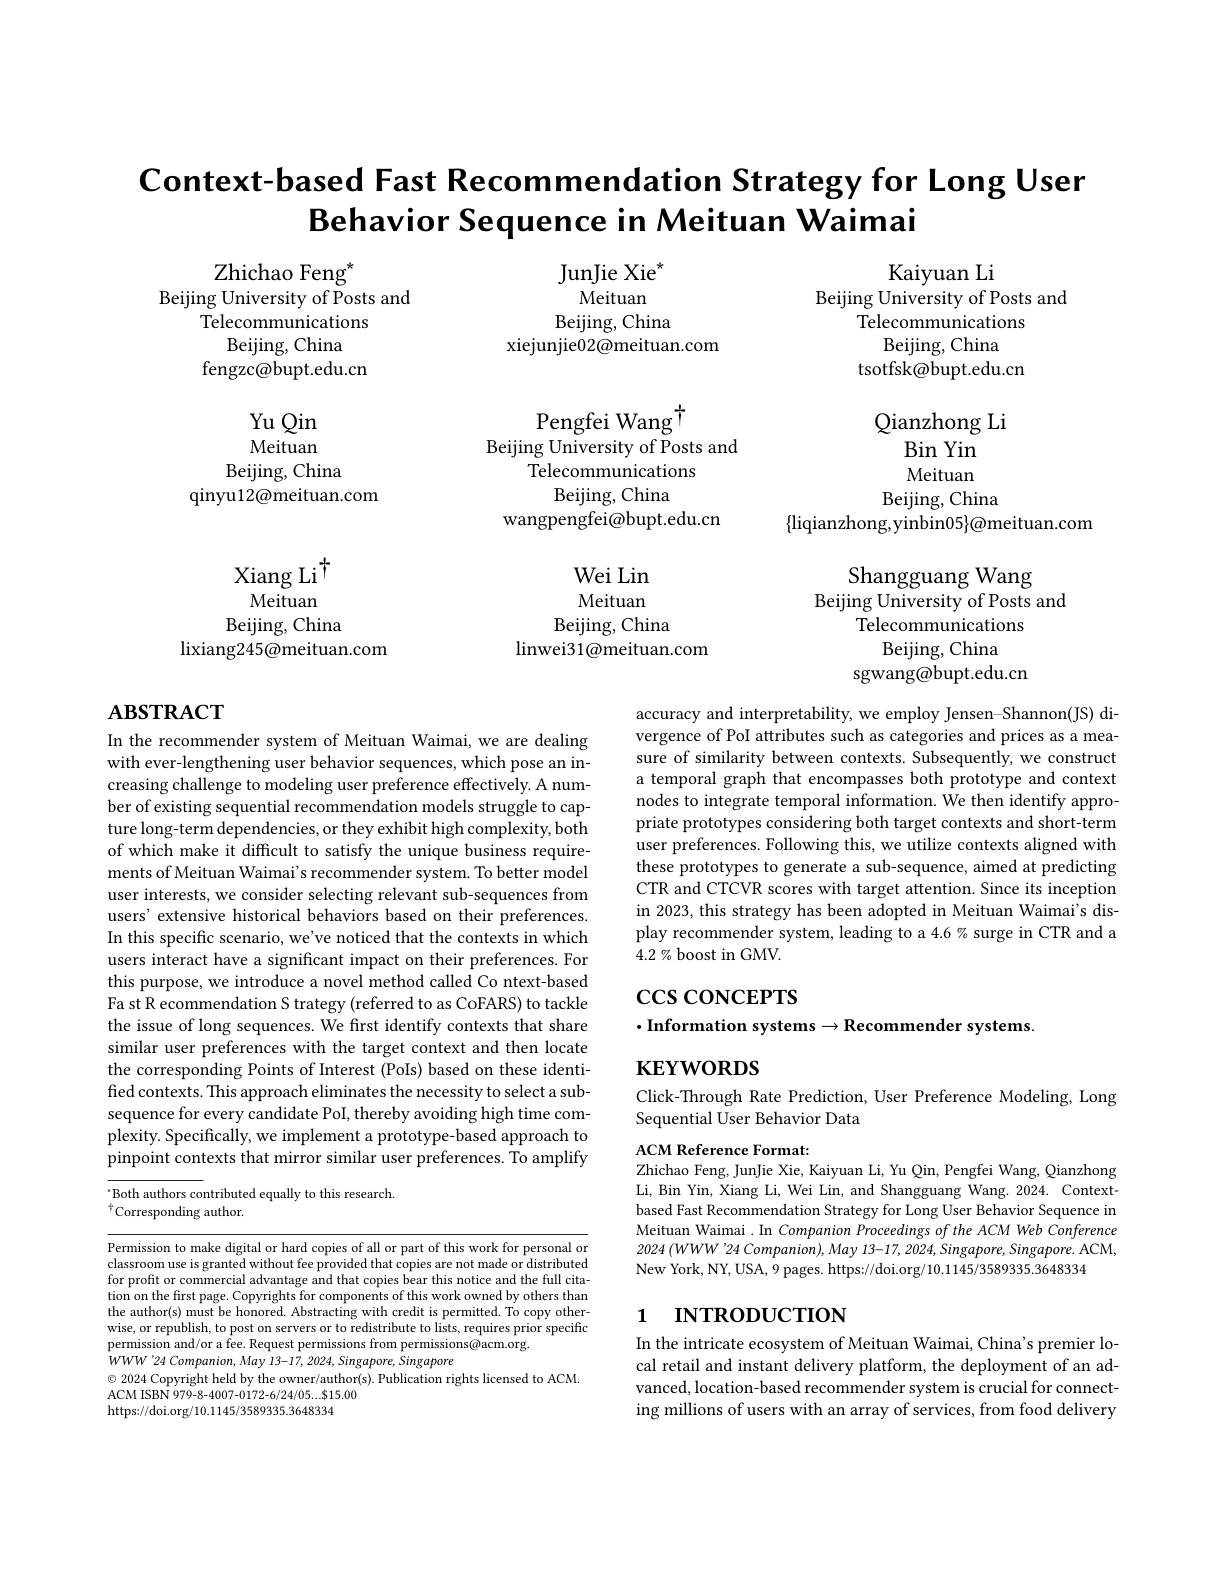
Context-based Fast Recommendation Strategy for Long User
Behavior Sequence in Meituan Waimai

JunJie Xie$^{*}$
Meituan
Beijing, China
xiejunjie02@meituan.com

Kaiyuan Li
Beijing University of Posts and
Telecommunications
Beijing, China
tsotfsk@bupt.edu.cn

Zhichao Feng$^{*}$
Beijing University of Posts and
Telecommunications
Beijing, China
fengzc@bupt.edu.cn

Yu Qin Meituan
Beijing, China
qinyu12@meituan.com

Pengfei Wang $^{\dagger}$
Beijing University of Posts and
Telecommunications
Beijing, China
wangpengfei@bupt.edu.cn

Qianzhong Li
$\operatorname{Bin}$ Yin Meituan
Beijing, China
$\{$liqianzhong,yinbin05$\}\textcircled{\mathrm{meituan.com}}$
Shangguang Wang
Beijing University of Posts and
Telecommunications
Beijing, China
sgwang@bupt.edu.cn

Xiang Li$^{\dagger}$
$\bar{\text{Meituan}}$
Beijing, China
lixiang245@meituan.com

Wei Lin Meituan
Beijing, China
linwei31@meituan.com

# $\mathbf{ABSTRACT}$

accuracy and interpretability, we employ Jensen-Shannon(JS) divergence of PoI attributes such as categories and prices as a measure of similarity between contexts. Subsequently, we construct a temporal graph that encompasses both prototype and context nodes to integrate temporal information. We then identify appropriate prototypes considering both target contexts and short-term user preferences. Following this, we utilize contexts aligned with these prototypes to generate a sub-sequence, aimed at predicting CTR and CTCVR scores with target attention. Since its inception in 2023, this strategy has been adopted in Meituan Waimai's display recommender system, leading to a 4.6% surge in CTR and a 4.2 % boost in GMV.

In the recommender system of Meituan Waimai, we are dealing with ever-lengthening user behavior sequences, which pose an increasing challenge to modeling user preference effectively. A number of existing sequential recommendation models struggle to capture long-term dependencies, or they exhibit high complexity, both of which make it difficult to satisfy the unique business requirements of Meituan Waimai's recommender system. To better model user interests, we consider selecting relevant sub-sequences from users' extensive historical behaviors based on their preferences. In this specific scenario, we've noticed that the contexts in which users interact have a significant impact on their preferences. For this purpose, we introduce a novel method called Co ntext-based Fa st R ecommendation S trategy (referred to as CoFARS) to tackle the issue of long sequences. We first identify contexts that share similar user preferences with the target context and then locate the corresponding Points of Interest (PoIs) based on these identified contexts. This approach eliminates the necessity to select a subsequence for every candidate PoI, thereby avoiding high time complexity. Specifically, we implement a prototype-based approach to pinpoint contexts that mirror similar user preferences. To amplify $^{\cdot}$Both authors contributed equally to this research.

$\csc\cos$coNCEPTS

$\cdot$Information systems$\to$Recommender systems.

$\mathbf{KEYWORDS}$

Click-Through Rate Prediction, User Preference Modeling, Long
Sequential User Behavior Data

ACM Reference Format:
Zhichao Feng, JunJie Xie, Kaiyuan Li, Yu Qin, Pengfei Wang, Qianzhong

$^{\dagger}$Corresponding author.

Li, Bin Yin, Xiang Li, Wei Lin, and Shangguang Wang. 2024. Contextbased Fast Recommendation Strategy for Long User Behavior Sequence in Meituan Waimai . In Companion Proceedings of the ACM Web Conference $2024\left ( WWW^{\prime }24\:Companion\right ) , May$ 13-17,2024, $Singapore$, $Singapore.$ ACM, New York, NY, USA, 9 pages. https://doi.org/10.1145/3589335.3648334

# 1 INTRODUCTION

Permission to make digital or hard copies of all or part of this work for personal or classroom use is granted without fee provided that copies are not made or distributed for profit or commercial advantage and that copies bear this notice and the full citation on the first page. Copyrights for components of this work owned by others than the author(s) must be honored. Abstracting with credit is permitted. To copy otherwise, or republish, to post on servers or to redistribute to lists, requires prior specific permission and/or a fee. Request permissions from permissions@acm.org.
$WWW^{\prime}24$ Companion, May 13-17, 2024, Singapore, Singapore
$\odot$ 2024 Copyright held by the owner/author(s). Publication rights licensed to ACM.
ACM ISBN 979- 8- 4007- 0172- 6/ 24/ 05. . . $\$$15. 00
https://doi.org/10.1145/3589335.3648334

In the intricate ecosystem of Meituan Waimai, China's premier local retail and instant delivery platform, the deployment of an advanced, location-based recommender system is crucial for connecting millions of users with an array of services, from food delivery